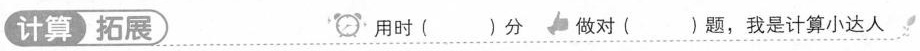
计算 拓展 用时( )分 做对( )题，我是计算小达人